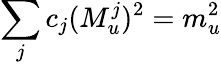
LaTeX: \sum_{j}c_{j}(M_{u}^{j})^{2}=m_{u}^{2}